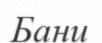
Бани